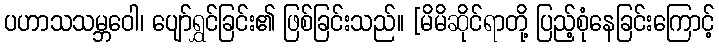
ပဟာသသမ္ဘဝေါ၊ ပျော်ရွှင်ခြင်း၏ ဖြစ်ခြင်းသည်။ [မိမိဆိုင်ရာတို့ ပြည့်စုံနေခြင်းကြောင့်